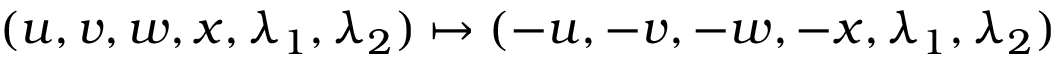
( u , v , w , x , \lambda _ { 1 } , \lambda _ { 2 } ) \mapsto ( - u , - v , - w , - x , \lambda _ { 1 } , \lambda _ { 2 } )